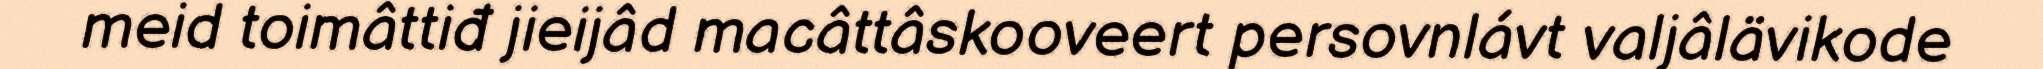
meid toimâttiđ jieijâd macâttâskooveert persovnlávt valjâlävikode